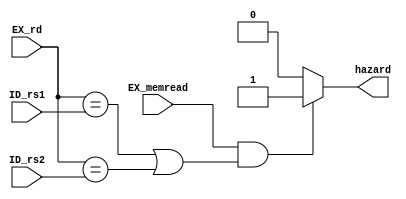
/************************************************* 
 
Copyright:Call_Me_ZK

File name:hazardDetect.v

Author:ZK
 
Date:2020-08-17
 
Description:
  
  ii-1, i-1lw/b, 
  i-1MEMi. , 
  stall.
  
  , ID EX. hazard,
  PC_wr, hazard. , PC, i+1
  IF; IF/ID, iID; ID/EX
  EX/MEM, . , i-1MEM, iID, 
  stall. 
  
  , , i-1MEM, iID, forwad
  .

**************************************************/

module hazardDetect

	#(parameter num_width = 5)

(ID_rs1, ID_rs2, EX_rd, EX_memread, hazard);
	
	input [num_width-1:0] ID_rs1, ID_rs2, EX_rd;  //
	input EX_memread;  //
	
	output reg hazard;
	
	always@(ID_rs1, ID_rs2, EX_rd, EX_memread) begin
		if(EX_memread == 1'b1 && (EX_rd == ID_rs1 || EX_rd == ID_rs2))
			hazard <= 1'b1;
		else
			hazard <= 1'b0;
	end
	

endmodule